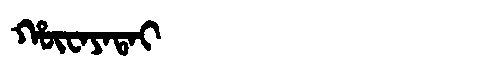
Manchu: ᡥᡡᠸᠠᠶᠠᡨᠠᡳ
Romanization: HŪWAYATAI